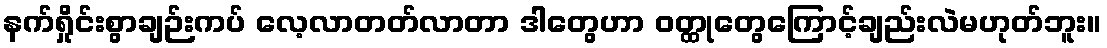
နက်ရှိုင်းစွာချဉ်းကပ် လေ့လာတတ်လာတာ ဒါတွေဟာ ဝတ္ထုတွေကြောင့်ချည်းလဲမဟုတ်ဘူး။